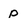
Character: p